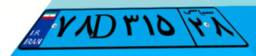
۱۶D۷۳۵۶۵